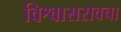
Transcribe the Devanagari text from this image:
विश्वासरावचा